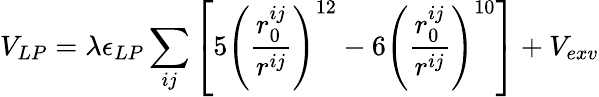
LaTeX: V_{LP}=\lambda\epsilon_{LP}\sum_{ij}\left[5\left(\frac{r_{0}^{ij}}{r^{ij}}\right)^{12}-6\left(\frac{r_{0}^{ij}}{r^{ij}}\right)^{10}\right]+V_{exv}